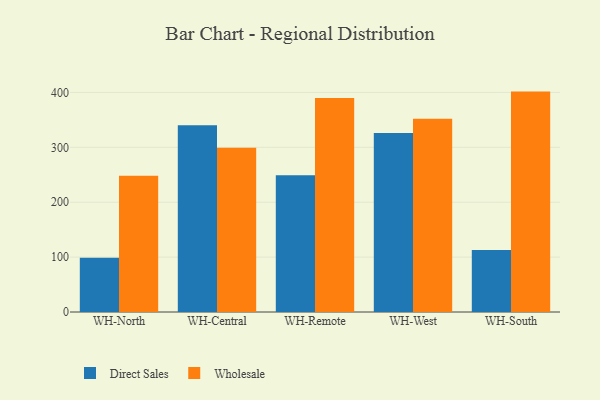
{"axis": {"x": "Warehouse", "y": "Shipments"}, "legend": ["Direct Sales", "Wholesale"], "data": [{"x": "WH-North", "y": 98.7, "type": "Direct Sales"}, {"x": "WH-North", "y": 248.0, "type": "Wholesale"}, {"x": "WH-Central", "y": 340.0, "type": "Direct Sales"}, {"x": "WH-Central", "y": 299.3, "type": "Wholesale"}, {"x": "WH-Remote", "y": 249.1, "type": "Direct Sales"}, {"x": "WH-Remote", "y": 389.8, "type": "Wholesale"}, {"x": "WH-West", "y": 326.2, "type": "Direct Sales"}, {"x": "WH-West", "y": 352.2, "type": "Wholesale"}, {"x": "WH-South", "y": 112.8, "type": "Direct Sales"}, {"x": "WH-South", "y": 401.5, "type": "Wholesale"}]}